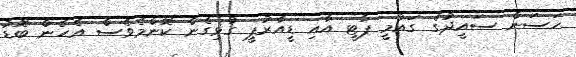
ހަސަން ސައީދުގެ ގައުމީ ޕާޓީ އާއި ޑީއާރުޕީ ގުޅިގެން ކޮންމެވެސް އެހެން ބޮޑު